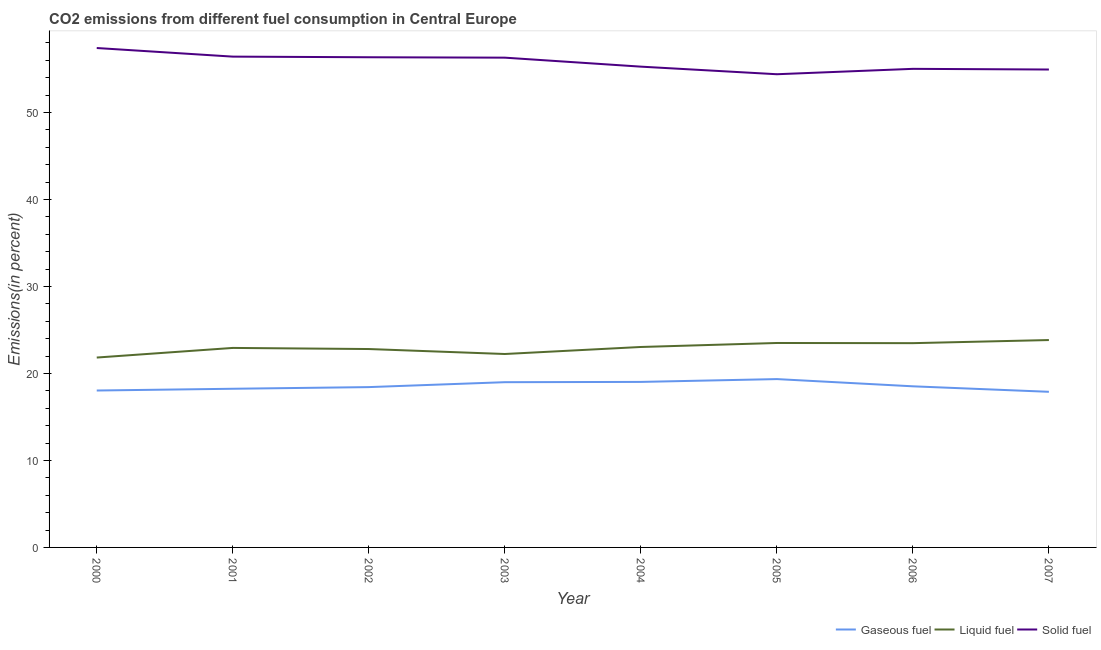
| Year | Gaseous fuel | Liquid fuel | Solid fuel |
 | --- | --- | --- | --- |
 | 2000 | 18 | 21.8 | 57.4 |
 | 2001 | 18.2 | 22.9 | 56.4 |
 | 2002 | 18.4 | 22.8 | 56.4 |
 | 2003 | 19 | 22.2 | 56.3 |
 | 2004 | 19 | 23 | 55.3 |
 | 2005 | 19.4 | 23.5 | 54.4 |
 | 2006 | 18.5 | 23.5 | 55 |
 | 2007 | 17.9 | 23.8 | 54.9 |